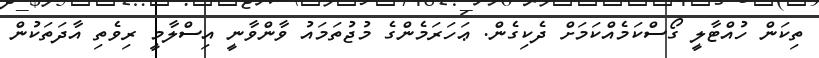
ތިކަން ހުއްޓާލީ ގޯސްކަމެއްކަމަށް ދެކިގެން. ޢަހަރަމެންގެ މުޖުތަމައު ވާންވާނީ އިސްލާމީ ރިވެތި އާދަތަކުން